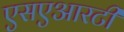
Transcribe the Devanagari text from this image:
एसएआरटी